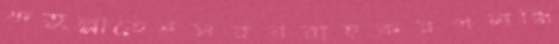
ফতুল্লাতেইসরবরাহকরণলব্ধি